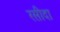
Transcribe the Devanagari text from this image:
रसीदा